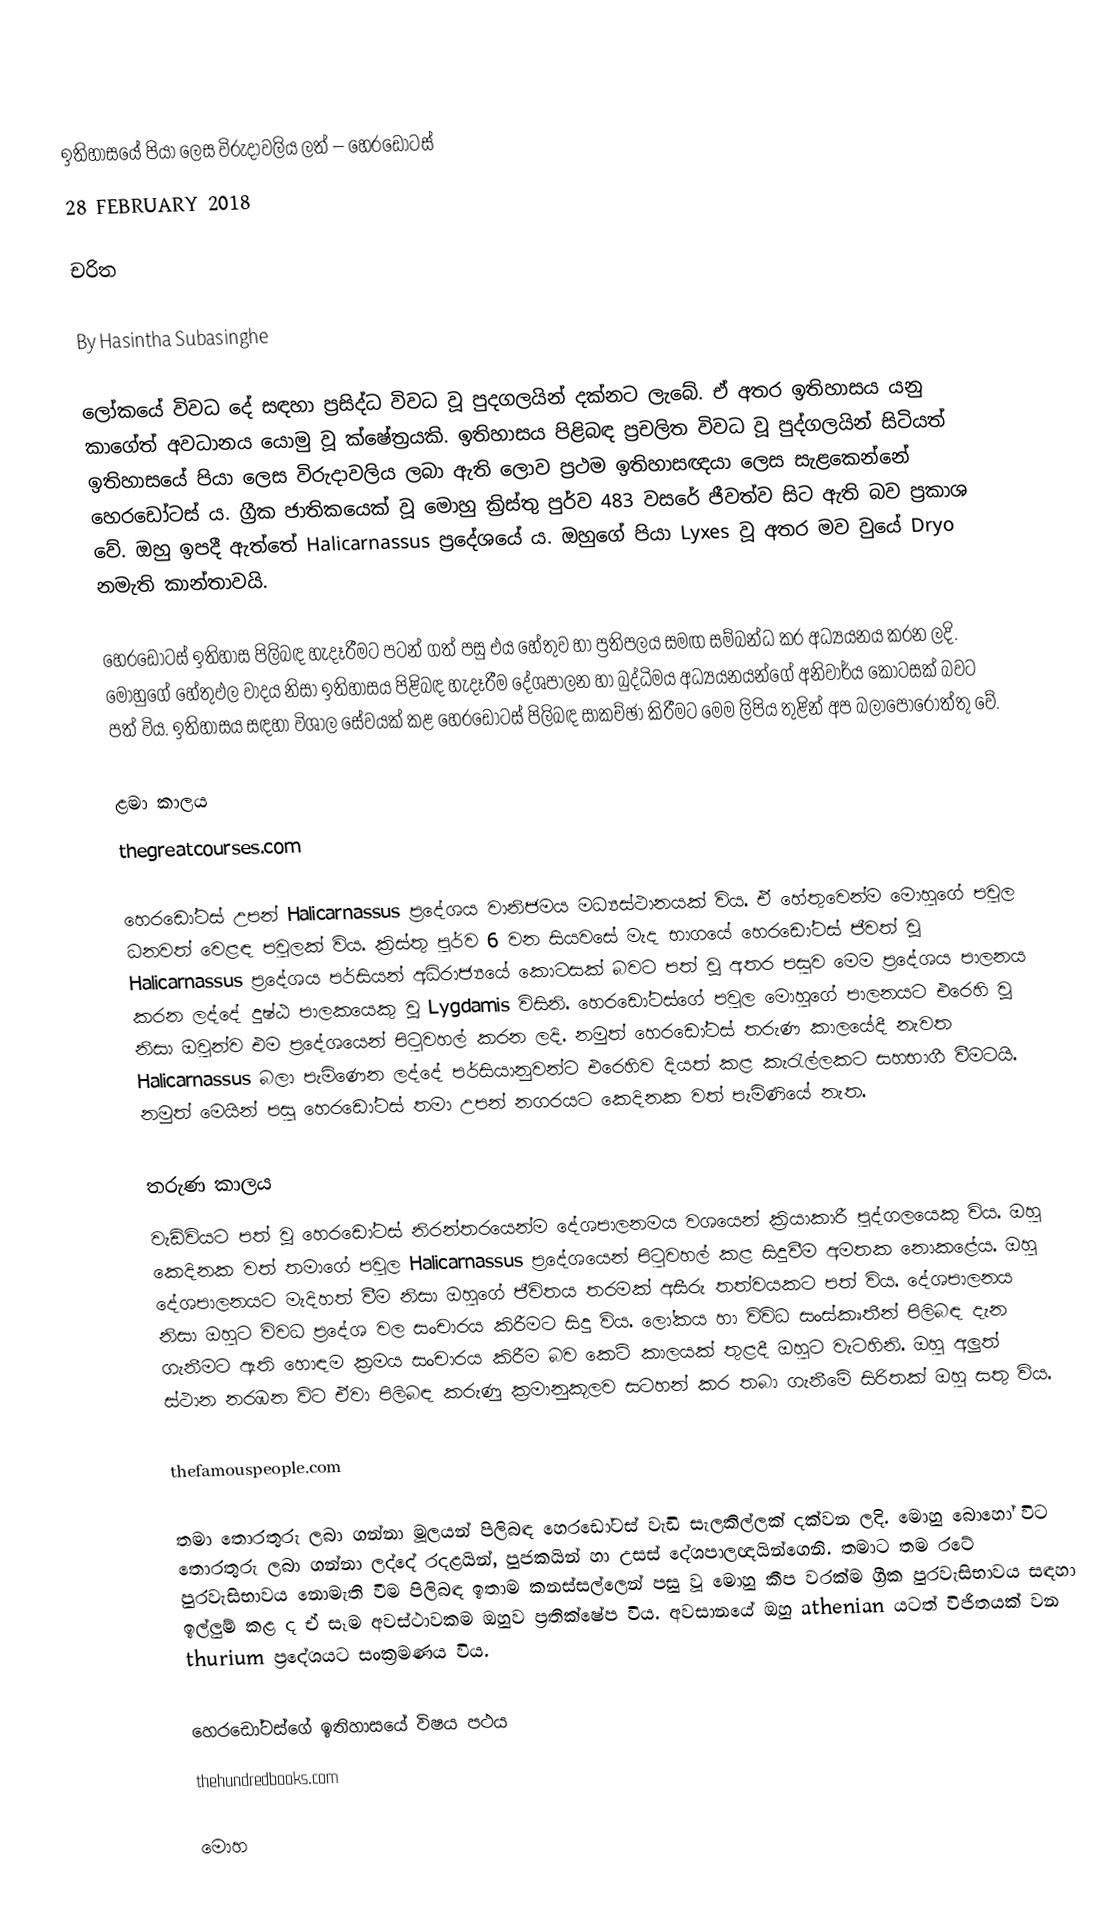

ඉතිහාසයේ පියා ලෙස විරුදාවලිය ලත් – හෙරඩෝටස්
28 FEBRUARY 2018

චරිත

By Hasintha Subasinghe

ලෝකයේ විවධ දේ සඳහා ප්‍රසිද්ධ විවධ වූ පුදගලයින් දක්නට ලැබේ. ඒ අතර ඉතිහාසය යනු කාගේත් අවධානය යොමු වූ ක්ෂේත්‍රයකි. ඉතිහාසය පිළිබඳ ප්‍රචලිත විවධ වූ පුද්ගලයින් සිටියත් ඉතිහාසයේ පියා ලෙස විරුදාවලිය ලබා ඇති ලොව ප්‍රථම ඉතිහාසඥයා ලෙස සැළකෙන්නේ හෙරඩෝටස් ය. ග්‍රීක ජාතිකයෙක් වූ මොහු ක්‍රිස්තු පුර්ව 483 වසරේ ජීවත්ව සිට ඇති බව ප්‍රකාශ වේ. ඔහු ඉපදී ඇත්තේ Halicarnassus ප්‍රදේශයේ ය. ඔහුගේ පියා Lyxes වූ අතර මව වුයේ Dryo නමැති කාන්තාවයි.

හෙරඩෝටස් ඉතිහාස පිලිබඳ හැදෑරීමට පටන් ගත් පසු එය හේතුව හා ප්‍රතිපලය සමඟ සම්බන්ධ කර අධ්‍යයනය කරන ලදි. මොහුගේ හේතුඵල වාදය නිසා ඉතිහාසය පිළිබඳ හැදෑරීම දේශපාලන හා බුද්ධිමය අධ්‍යයනයන්ගේ අනිවාර්ය කොටසක් බවට පත් විය. ඉතිහාසය සඳහා විශාල සේවයක් කළ හෙරඩෝටස් පිලිබඳ සාකච්ඡා කිරීමට මෙම ලිපිය තුළින් අප බලාපොරොත්තු වේ.

ළමා කාලය
thegreatcourses.com

හෙරඩෝටස් උපන් Halicarnassus ප්‍රදේශය වානිජමය මධ්‍යස්ථානයක් විය. ඒ හේතුවෙන්ම මොහුගේ පවුල ධනවත් වෙළඳ පවුලක් විය. ක්‍රිස්තු පුර්ව 6 වන සියවසේ මැද භාගයේ හෙරඩෝටස් ජීවත් වූ Halicarnassus ප්‍රදේශය පර්සියන් අධිරාජ්‍යයේ කොටසක් බවට පත් වූ අතර පසුව මෙම ප්‍රදේශය පාලනය කරන ලද්දේ දුෂ්ඨ පාලකයෙකු වූ Lygdamis විසිනි. හෙරඩෝටස්ගේ පවුල මොහුගේ පාලනයට එරෙහි වූ නිසා ඔවුන්ව එම ප්‍රදේශයෙන් පිටුවහල් කරන ලදි. නමුත් හෙරඩෝටස් තරුණ කාලයේදී නැවත Halicarnassus බලා පැමිණෙන ලද්දේ පර්සියානුවන්ට එරෙහිව දියත් කළ කැරැල්ලකට සහභාගී වීමටයි. නමුත් මෙයින් පසු හෙරඩෝටස් තමා උපන් නගරයට කෙදිනක වත් පැමිණියේ නැත.

තරුණ කාලය
වැඩිවියට පත් වූ හෙරඩෝටස් නිරන්තරයෙන්ම දේශපාලනමය වශයෙන් ක්‍රියාකාරී පුද්ගලයෙකු විය. ඔහු කෙදිනක වත් තමාගේ පවුල Halicarnassus ප්‍රදේශයෙන් පිටුවහල් කළ සිදුවීම අමතක නොකළේය. ඔහු දේශපාලනයට මැදිහත් වීම නිසා ඔහුගේ ජීවිතය තරමක් අසීරු තත්වයකට පත් විය. දේශපාලනය නිසා ඔහුට විවධ ප්‍රදේශ වල සංචාරය කිරීමට සිදු විය. ලෝකය හා විවිධ සංස්කෘතීන් පිලිබඳ දැන ගැනීමට ඇති හොඳම ක්‍රමය සංචාරය කිරීම බව කෙටි කාලයක් තුළදී ඔහුට වැටහිනි. ඔහු අලුත් ස්ථාන නරඹන විට ඒවා පිලිබඳ කරුණු ක්‍රමානුකූලව සටහන් කර තබා ගැනීමේ සිරිතක් ඔහු සතු විය.

thefamouspeople.com

තමා තොරතුරු ලබා ගන්නා මූලයන් පිලිබඳ හෙරඩෝටස් වැඩි සැලකිල්ලක් දක්වන ලදි. මොහු බොහෝ විට තොරතුරු ලබා ගන්නා ලද්දේ රදළයින්, පුජකයින් හා උසස් දේශපාලඥයින්ගෙනි. තමාට තම රටේ පුරවැසිභාවය නොමැති වීම පිලිබඳ ඉතාම කනස්සල්ලෙන් පසු වූ මොහු කීප වරක්ම ග්‍රීක පුරවැසිභාවය සඳහා ඉල්ලුම් කළ ද ඒ සෑම අවස්ථාවකම ඔහුව ප්‍රතික්ෂේප විය. අවසානයේ ඔහු athenian යටත් විජිතයක් වන thurium ප්‍රදේශයට සංක්‍රමණය විය.

හෙරඩෝටස්ගේ ඉතිහාසයේ විෂය පථය
thehundredbooks.com

මොහ